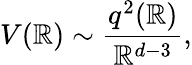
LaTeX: V(\mathbb{R})\sim\frac{{q^{2}(\mathbb{R})}}{{\mathbb{R}^{d-3}}},